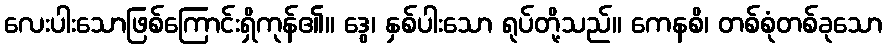
လေးပါးသောဖြစ်ကြောင်းရှိကုန်၏။ ဒွေ၊ နှစ်ပါးသော ရုပ်တို့သည်။ ကေနစိ၊ တစ်စုံတစ်ခုသော